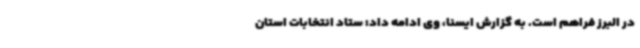
در البرز فراهم است. به گزارش ایسنا، وی ادامه داد: ستاد انتخابات استان